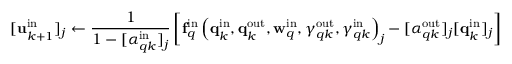
[ \mathbf { u } _ { k + 1 } ^ { \mathrm { i n } } ] _ { j } \gets \frac { 1 } { 1 - [ \alpha _ { q k } ^ { \mathrm { i n } } ] _ { j } } \left[ \mathbf { f } _ { q } ^ { \mathrm { i n } } \left( \mathbf { q } _ { k } ^ { \mathrm { i n } } , \mathbf { q } _ { k } ^ { \mathrm { o u t } } , \mathbf { w } _ { q } ^ { \mathrm { i n } } , \gamma _ { q k } ^ { \mathrm { o u t } } , \gamma _ { q k } ^ { \mathrm { i n } } \right) _ { j } - [ \alpha _ { q k } ^ { \mathrm { o u t } } ] _ { j } [ \mathbf { q } _ { k } ^ { \mathrm { i n } } ] _ { j } \right]